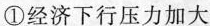
①经济下行压力加大